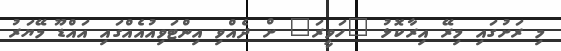
މި ރަށުގައި މިރޭ އިރާކޮޅު "ހަވީރަ" ށް ދެއްވި އިންޓަވިއުއެއްގައި އައްޑޫ މޭޔަރު